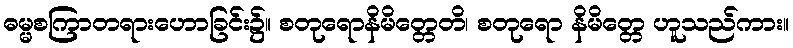
ဓမ္မစကြာတရားဟောခြင်း၌။ စတုရောနိမိတ္တေတိ၊ စတုရော နိမိတ္တေ ဟူသည်ကား။